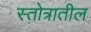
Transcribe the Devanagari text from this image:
स्तोत्रातील